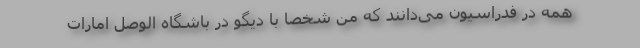
همه در فدراسیون می‌دانند که من شخصا با دیگو در باشگاه الوصل امارات